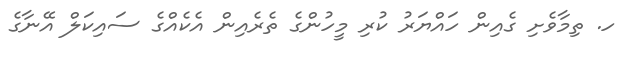
ހ. ތިމާވެށި ގެއިން ހައްޔަރު ކުރި މީހުންގެ ތެރެއިން އެކެއްގެ ސައިކަލް އޭނާގެ